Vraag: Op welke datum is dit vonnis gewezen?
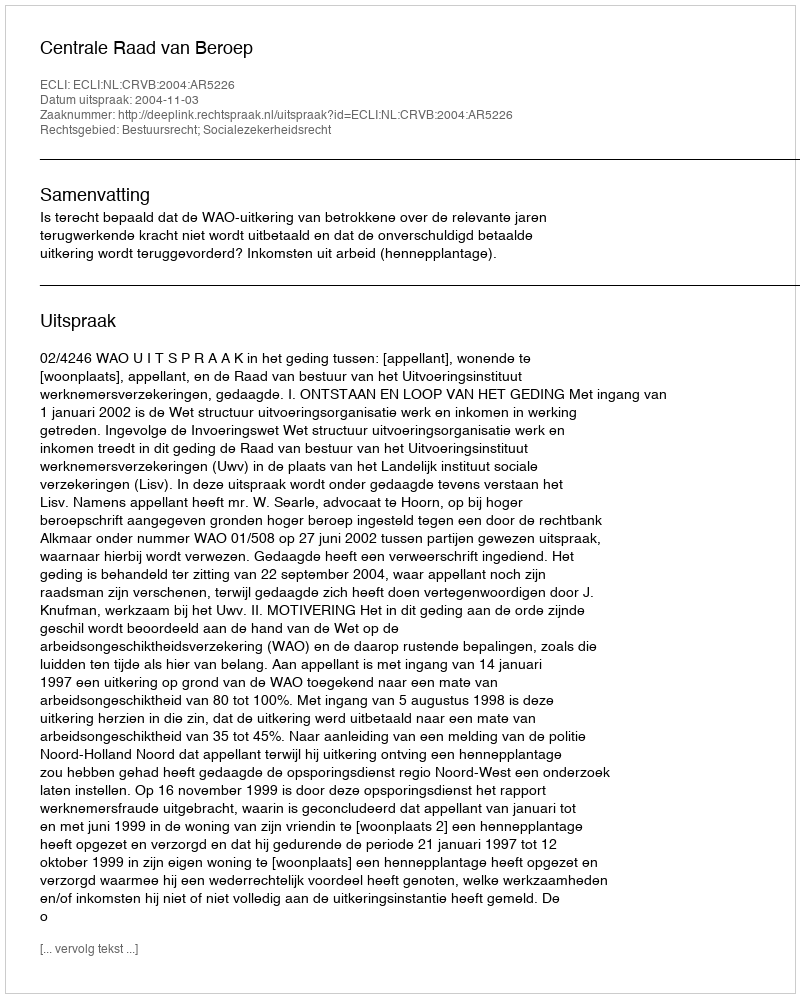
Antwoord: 2004-11-03